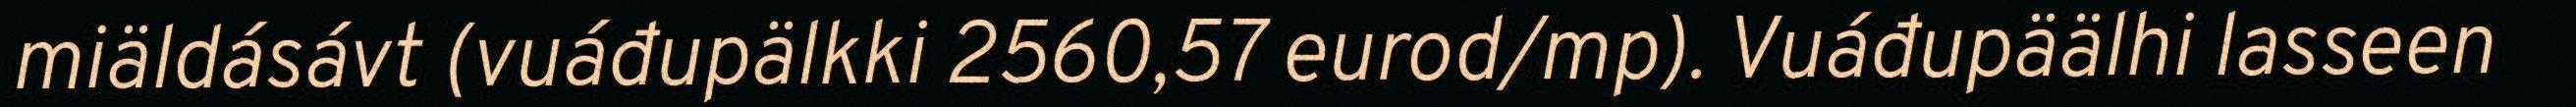
miäldásávt (vuáđupälkki 2560,57 eurod/mp). Vuáđupäälhi lasseen